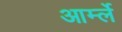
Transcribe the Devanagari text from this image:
आर्म्ले